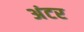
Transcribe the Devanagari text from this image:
अंटर